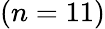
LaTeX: (n=11)